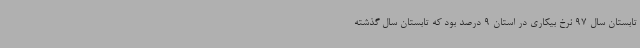
تابستان سال 97 نرخ بیکاری در استان 9 درصد بود که تابستان سال گذشته